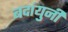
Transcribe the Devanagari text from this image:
बदांयुनी